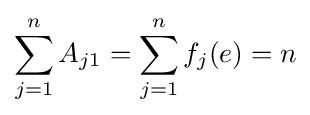
\sum _{j=1}^{n}A_{j1}=\sum _{j=1}^{n}f_{j}(e)=n